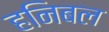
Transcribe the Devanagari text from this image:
हनिबल